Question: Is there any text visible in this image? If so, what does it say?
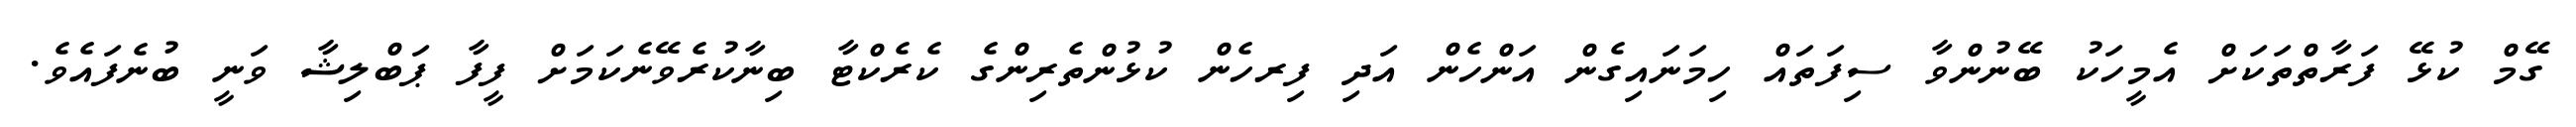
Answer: ގޭމް ކުޅޭ ފަރާތްތަކަށް އެމީހަކު ބޭނުންވާ ސިފަތައް ހިމަނައިގެން އަންހެން އަދި ފިރހެން ކުޅުންތެރިންގެ ކެރެކްޓާ ބިނާކުރެވޭނެކަމަށް ފީފާ ޕަބްލިޝާ ވަނީ ބުނެފައެވެ.